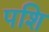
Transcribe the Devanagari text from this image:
पशि